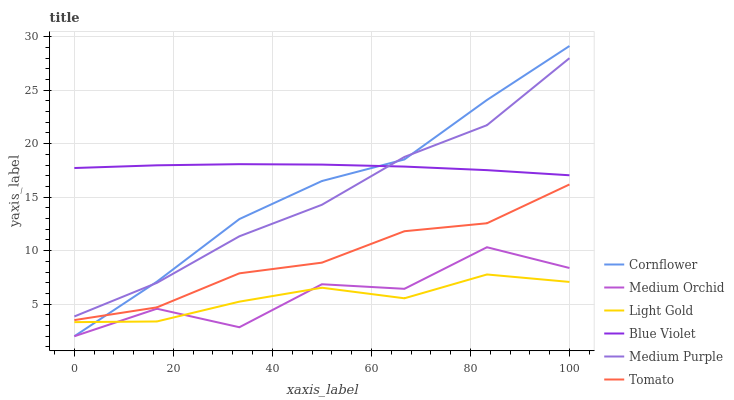
| xaxis_label | Cornflower | Medium Orchid | Light Gold | Blue Violet | Medium Purple | Tomato |
 | --- | --- | --- | --- | --- | --- | --- |
 | 0 | 2 | 2 | 3.32 | 17.7 | 3.85 | 3.51 |
 | 16.7 | 7.1 | 4.57 | 3.38 | 18 | 6.99 | 4.7 |
 | 33.3 | 13 | 2.84 | 5.23 | 18.1 | 11.3 | 7.88 |
 | 50 | 16.5 | 6.86 | 6.53 | 18 | 14.3 | 8.88 |
 | 66.7 | 18.5 | 6.43 | 5.55 | 17.9 | 18.8 | 11.8 |
 | 83.3 | 24.1 | 10.3 | 7.77 | 17.5 | 21.7 | 12.6 |
 | 100 | 29.1 | 8.38 | 7.08 | 17 | 28 | 16.2 |